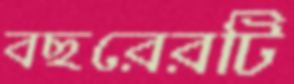
বছরেরটি